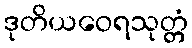
ဒုတိယဝေရသုတ္တံ